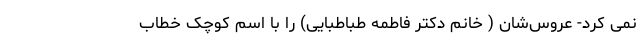
نمی کرد- عروس‌شان ( خانم دکتر فاطمه طباطبایی) را با اسم کوچک خطاب